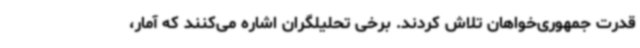
قدرت جمهوری‌خواهان تلاش کردند. برخی تحلیلگران اشاره می‌کنند که آمار،